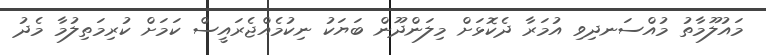
މައުލޫމާތު މުއްސަނދިވި އުމަރާ ދެކޮޅަށް މިލަންދޫން ބަޔަކު ނިކުމެއްޖެރައީސް ކަމަށް ކުރިމަތިލުމާ މެދު